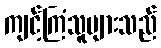
ကျင့်ကြံသူများသည်